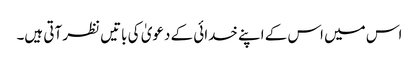
اس میں اس کے اپنے خدائی کے دعویٰ کی باتیں نظر آتی ہیں۔